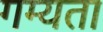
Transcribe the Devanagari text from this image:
गम्यता